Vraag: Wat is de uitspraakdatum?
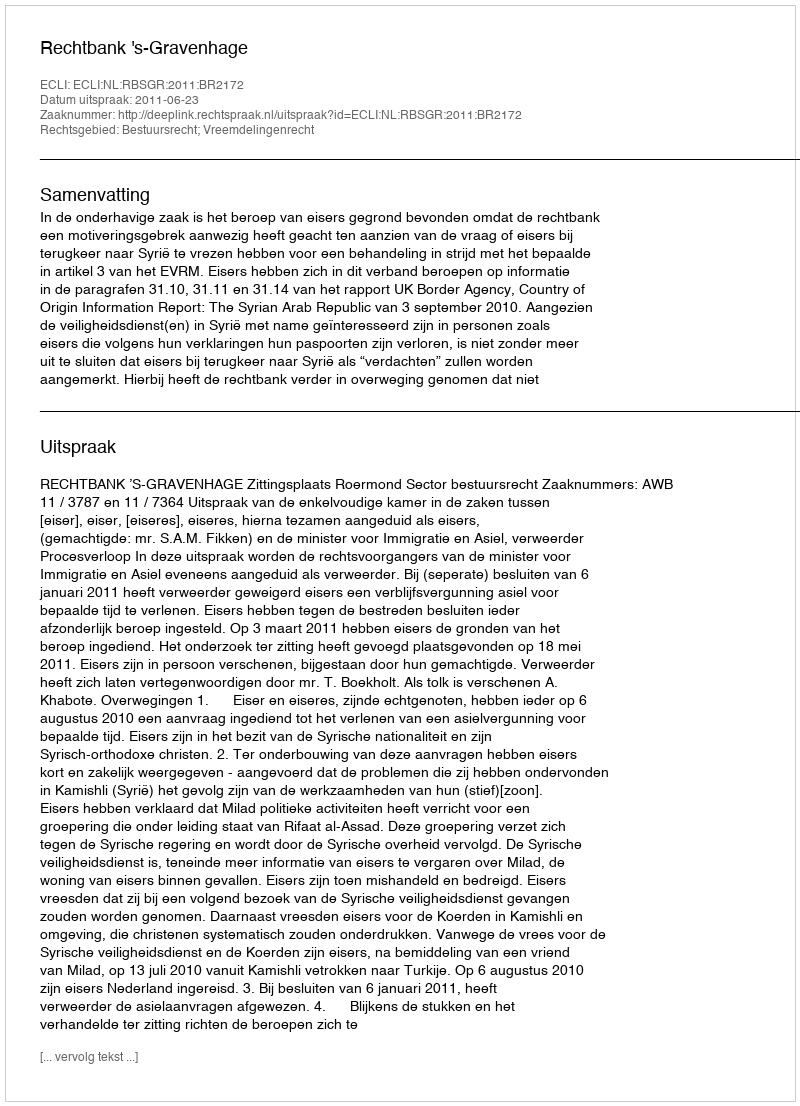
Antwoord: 2011-06-23